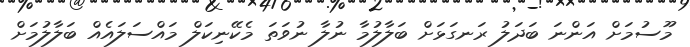
މޫސުމަށް އަންނަ ބަދަލު ރަނގަޅަށް ބަލާލުމާ ނުލާ ނުވަތަ މެކޭނިކަލް މައްސަލައެއް ބަލާލުމަށް